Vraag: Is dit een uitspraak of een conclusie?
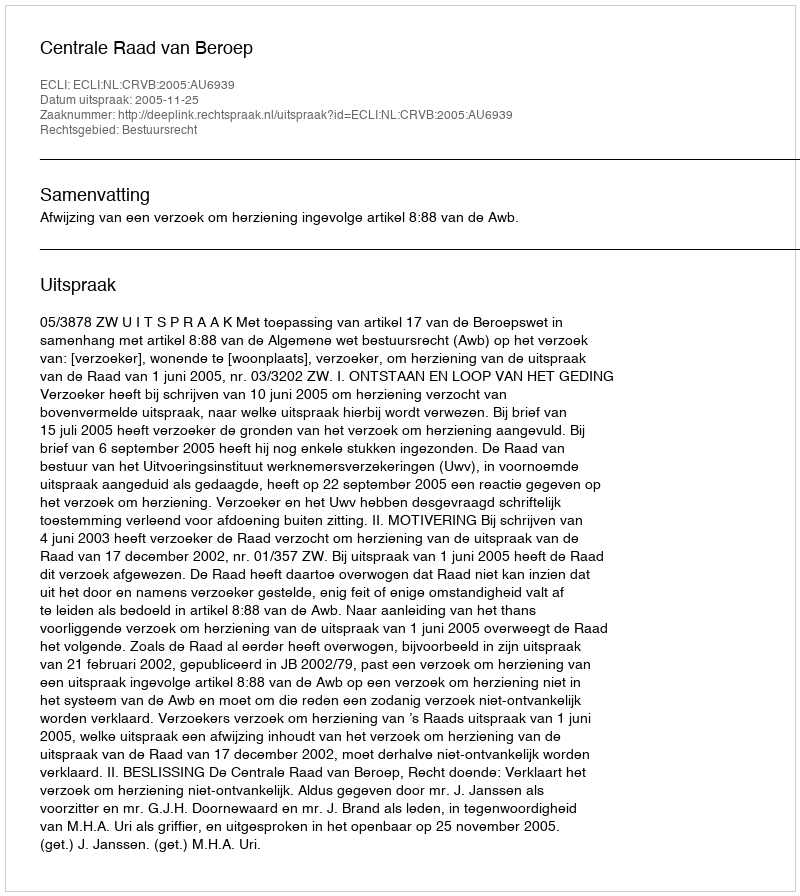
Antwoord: Uitspraak